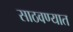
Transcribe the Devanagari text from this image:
साठवण्यात